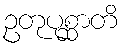
ဥတုပုစ္ဆာတိ